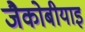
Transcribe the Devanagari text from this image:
जैकोबीयाइ